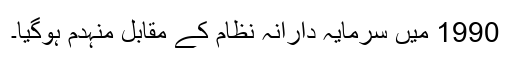
1990 میں سرمایہ دارانہ نظام کے مقابل منہدم ہوگیا۔